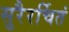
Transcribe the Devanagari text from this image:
सुरैरर्चितं